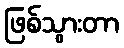
ဖြစ်သွားတာ